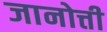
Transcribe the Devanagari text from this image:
जानोत्ती